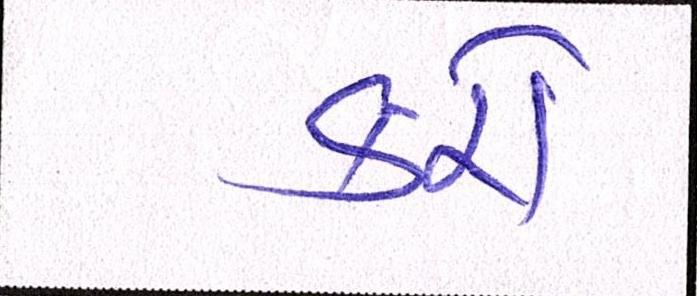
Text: કરો